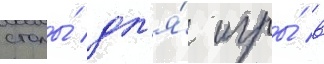
столы́ дл'я́ игры́ в